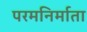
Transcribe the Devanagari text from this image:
परमनिर्माता